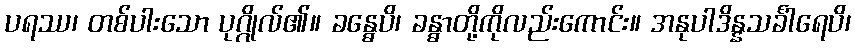
ပရဿ၊ တစ်ပါးသော ပုဂ္ဂိုလ်၏။ ခန္ဓေပိ၊ ခန္ဓာတို့ကိုလည်းကောင်း။ အနုပါဒိန္နသင်္ခါရေပိ၊